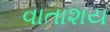
વાતાશય